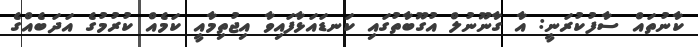
ކާނުތައް ސާފުކުރަނީ: އާ ގާނޫނުލް އުގޫބާތުގައި ކަނޑައަޅާފައިވާ އިޖުތިމާއީ ކަމެއް ކުރުމުގެ އަދަބެއްގެ